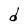
Character: d